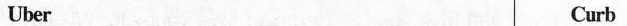
Uber Curb